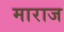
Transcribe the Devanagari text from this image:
माराज